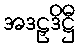
အဒဠှဒိဋ္ဌီ